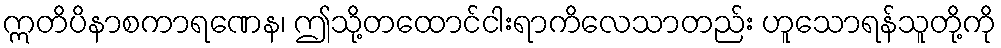
ဣတိပိနာစကာရဏေန၊ ဤသို့တထောင်ငါးရာကိလေသာတည်း ဟူသောရန်သူတို့ကို